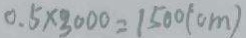
0 . 5 \times 3 0 0 0 = 1 5 0 0 ( c m )